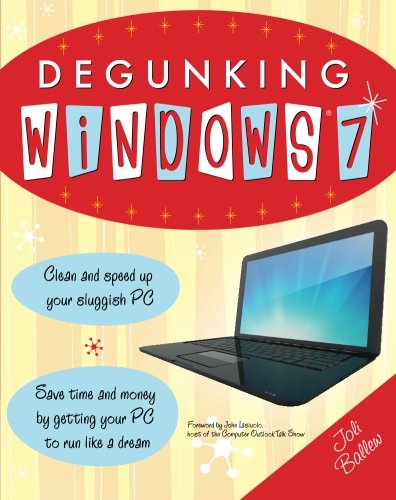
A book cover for Degunking Windows 7; Joli Ballew; Computers & Technology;